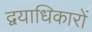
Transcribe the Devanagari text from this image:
द्वयाधिकारों